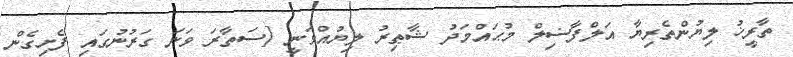
ތާރީޚު ލިޔުންތެރިޔާ އަލްފާޟިލް މުޙައްމަދު ޝާޠިރު ލިޔުއްވަނީ [ސަތާރަ ވަނަ ގަރުނުގައި ފެށިގެން